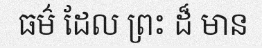
ធម៌ ដែល ព្រះ ដ៏ មាន